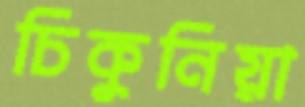
চিকুনিয়া